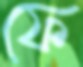
ফে